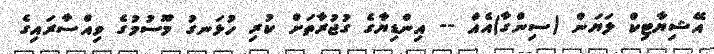
އޭޝިޔާޓިކް ލަޔަން (ސިންގާ)އެއް -- އިންޑިޔާގެ ގުޖުރާތަށް ކުރި ހުޅަނގު މޫސުމުގެ ވިއްސާރައިގެ